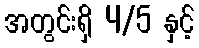
အတွင်းရှိ 4/5 နှင့်